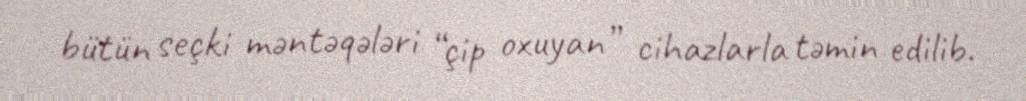
bütün seçki məntəqələri “çip oxuyan” cihazlarla təmin edilib.